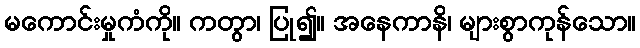
မကောင်းမှုကံကို။ ကတွာ၊ ပြု၍။ အနေကာနိ၊ များစွာကုန်သော။